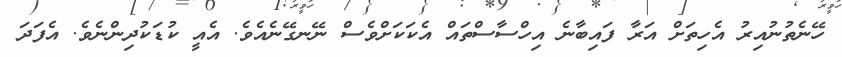
ހޭނެތުނުއިރު އެހިތަށް އަރާ ފައިބާނެ އިހްސާސްތައް އެކަކަށްވެސް ނޭނގޭނެއެވެ. އެއީ ކުޑަކުދިންނެވެ. އެފަދަ